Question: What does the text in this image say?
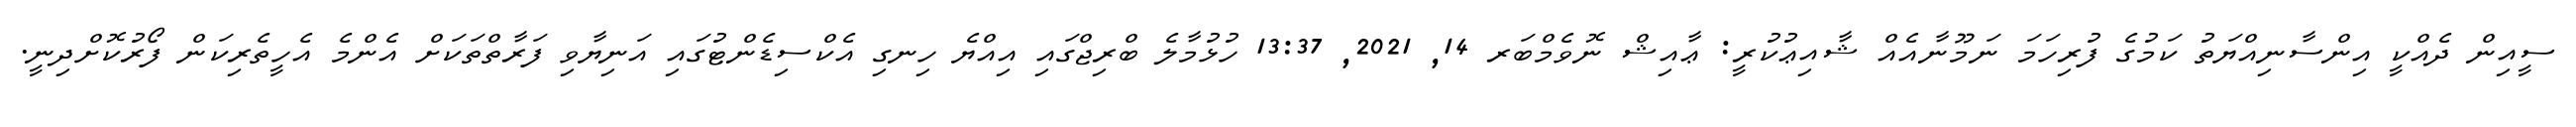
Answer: ސީއިން ދެއްކީ އިންސާނިއްޔަތު ކަމުގެ ފުރިހަމަ ނަމޫނާއެއް ޝާއިޢުކުރީ: ޢާއިޝް ނޮވެމްބަރ 14, 2021, 13:37 ހުޅުމާލެ ބްރިޖްގައި އިއްޔެ ހިނގި އެކްސިޑެންޓުގައި އަނިޔާވި ފަރާތްތަކަށް އެންމެ އެހީތެރިކަން ފޯރުކޮށްދިނީ.